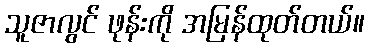
သူဇာလွင် ဖုန်းကို အမြန်ထုတ်တယ်။